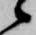
候